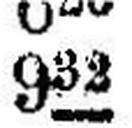
932